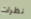
نظرات